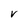
Character: V